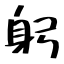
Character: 躬